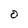
Character: O